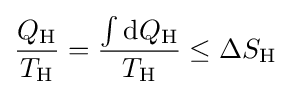
{\frac {Q_{\text{H}}}{T_{\text{H}}}}={\frac {\int {\text{d}}Q_{\text{H}}}{T_{\text{H}}}}\leq \Delta S_{\text{H}}